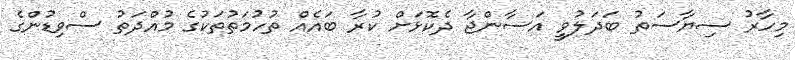
މިހާރު ސިޔާސަތު ބަދަލުވީ އަސާންޖާ ދެކޮޅަށް ކުރާ ބައެއް ތުހުމަތުތަކުގެ މުއްދަތު ސްވިޑުންގެ